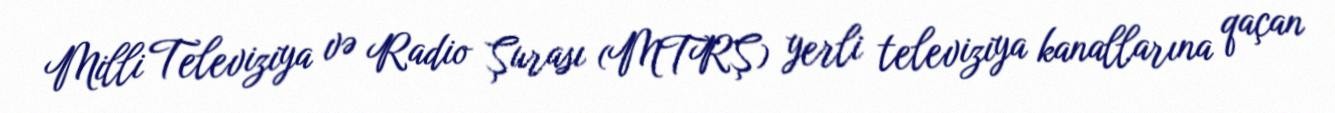
Milli Televiziya və Radio Şurası (MTRŞ) yerli televiziya kanallarına qaçan